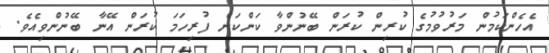
އެހެންކަމުން މަރުވުމުގެ ކުރިން ކުރަން ބޭނުންވާ ކަންކަން ފުރިހަމަ ކުރަން އޭނާ ބޭނުންވިއެވެ.